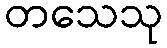
တသေသု